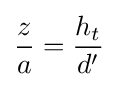
{\frac {z}{a}}={\frac {h_{t}}{d'}}